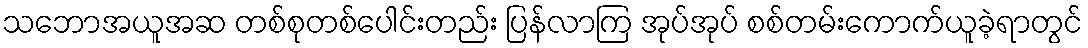
သဘောအယူအဆ တစ်စုတစ်ပေါင်းတည်း ပြန်လာကြ အုပ်အုပ် စစ်တမ်းကောက်ယူခဲ့ရာတွင်